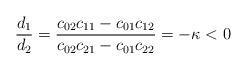
\begin{align*} \frac{d_1}{d_2}=\frac{c_{02}c_{11}-c_{01}c_{12}}{c_{02}c_{21}-c_{01}c_{22}}=-\kappa<0\end{align*}